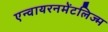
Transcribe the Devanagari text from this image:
एन्वायरनमेंटलिज्म